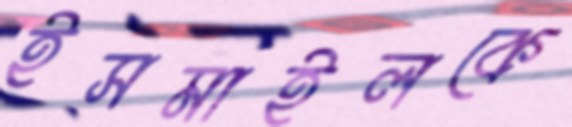
ইসমাইলকে